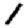
Digit: 1